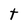
Character: t